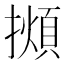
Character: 𢶃